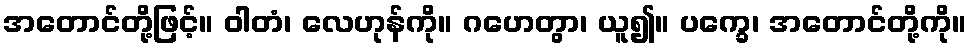
အတောင်တို့ဖြင့်။ ဝါတံ၊ လေဟုန်ကို။ ဂဟေတွာ၊ ယူ၍။ ပက္ခေ၊ အတောင်တို့ကို။